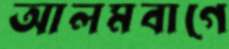
আলমবাগে